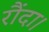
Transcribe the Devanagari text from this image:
रौंदा।